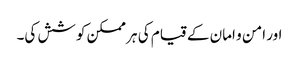
اور امن و امان کے قیام کی ہر ممکن کوشش کی۔